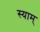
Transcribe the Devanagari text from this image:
स्याम्‌